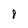
Character: 8